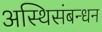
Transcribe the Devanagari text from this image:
अस्थिसंबन्धन